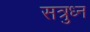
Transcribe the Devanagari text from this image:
सत्रुध्न